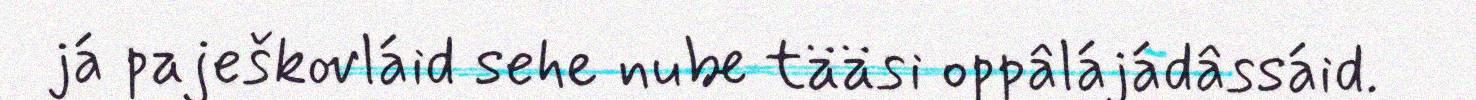
já paješkovláid sehe nube tääsi oppâlájádâssáid.